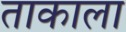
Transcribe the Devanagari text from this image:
ताकाला